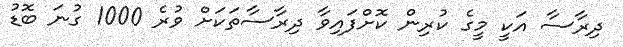
ދިރާސާ އަކީ މީގެ ކުރިން ކޮށްފައިވާ ދިރާސާތަކަށް ވުރެ 1000 ގުނަ ބޮޑު